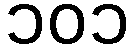
၁၀၁